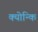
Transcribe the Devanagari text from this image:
क्योन्कि